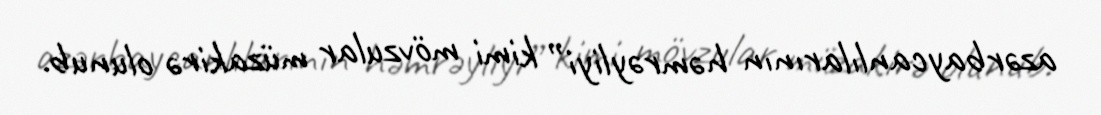
azərbaycanlılarının həmrəyliyi” kimi mövzular müzakirə olunub.